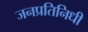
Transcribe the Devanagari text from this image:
जनप्रतिनिधी